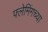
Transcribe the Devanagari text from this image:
फ्लेमिंगच्या